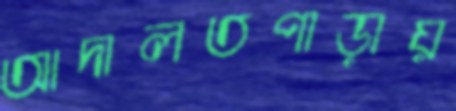
আদালতপাড়ায়